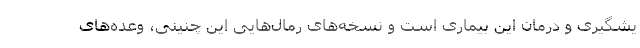
یشگیری و درمان این بیماری است و نسخه‌های رمال‌هایی این چنینی، وعده‌های